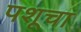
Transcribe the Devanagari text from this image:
पशूचा